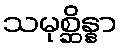
သမုစ္ဆိန္နာ